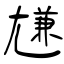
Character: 尲